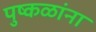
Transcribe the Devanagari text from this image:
पुष्‍कळांना